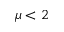
\mu < 2